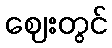
ဈေးတွင်